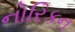
નોરિકન